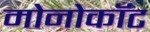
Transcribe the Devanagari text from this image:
मोनोकॉट